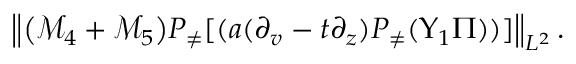
\begin{array} { r } { \left\| \big ( \mathcal { M } _ { 4 } + \mathcal { M } _ { 5 } \big ) P _ { \neq } [ ( a ( \partial _ { v } - t \partial _ { z } ) P _ { \neq } ( \Upsilon _ { 1 } \Pi ) ) ] \right\| _ { L ^ { 2 } } . } \end{array}